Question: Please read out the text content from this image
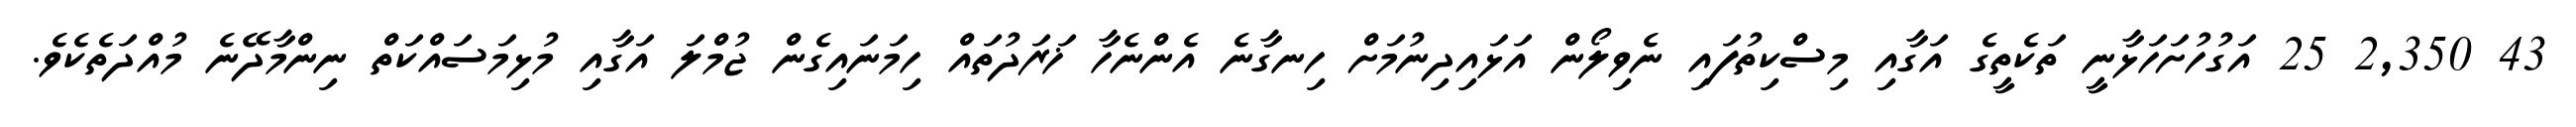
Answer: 43 2,350 25 އަގުހުށަހަޅާނީ ތަކެތީގެ އަގާއި މިސްކިތުފައި ނެވިލޯން އަޅައިދިނުމަށް ހިނގާނެ އެންނެހާ ޚަރަދުތައް ހިމަނައިގެން ޖުމްލަ އަގާއި މުޅިމަސައްކަތް ނިންމާދޭނެ މުއްދަތެކެވެ.